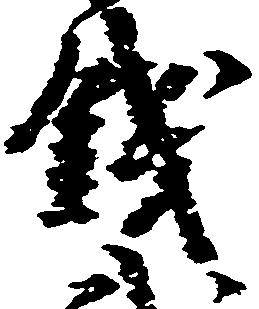
銭